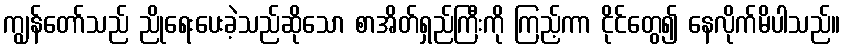
ကျွန်တော်သည် ညိုရေးပေးခဲ့သည်ဆိုသော စာအိတ်ရှည်ကြီးကို ကြည့်ကာ ငိုင်တွေ၍ နေလိုက်မိပါသည်။